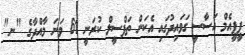
ޕީޕީއެމް އަސާސީ ގަވައިދުގައި އެކަން ތަފްސީލް ކުރަނީ 61 ވަނަ މާއްދާގެ "ނ"